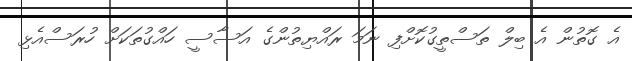
އެ ގޮތުން އެ ބިލް ތަސްތީގުކޮށްފި ނަމަ ރައްޔިތުންގެ އަސާސީ ހައްގުތަކަށް ހުރަސްއެޅި